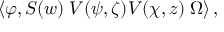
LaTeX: \left\langle \varphi , S ( w ) \; V ( \psi , \zeta ) V ( \chi , z ) \; \Omega \right\rangle ,